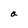
Character: a